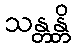
သန္တန္တိ